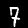
Digit: 7